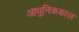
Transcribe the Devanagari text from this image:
आधुनिककाल